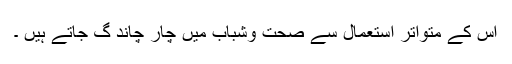
اس کے متواتر استعمال سے صحت وشباب میں چار چاند گ جاتے ہیں ۔